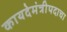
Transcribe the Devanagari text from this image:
कायदेमंत्रीपदाचा